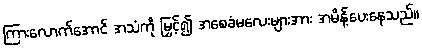
ကြားလောက်အောင် အသံကို မြှင့်၍ အစေခံမလေးများအား အမိန့်ပေးနေသည်။